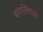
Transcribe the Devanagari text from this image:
बाणलिंगावर